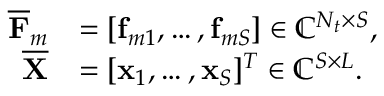
\begin{array} { r l } { \overline { { { \mathbf { F } } } } _ { m } } & { = [ { \mathbf { f } } _ { m 1 } , \ldots , { \mathbf { f } } _ { m S } ] \in \mathbb { C } ^ { N _ { t } \times S } , } \\ { \overline { { { \mathbf { X } } } } } & { = [ { \mathbf { x } } _ { 1 } , \ldots , { \mathbf { x } } _ { S } ] ^ { T } \in \mathbb { C } ^ { S \times L } . } \end{array}